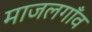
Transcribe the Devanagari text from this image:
माजलगाँव